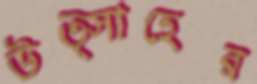
উত্সাহের